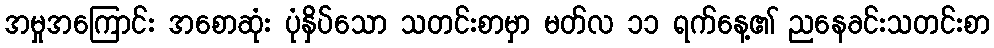
အမှုအကြောင်း အစောဆုံး ပုံနှိပ်သော သတင်းစာမှာ မတ်လ ၁၁ ရက်နေ့၏ ညနေခင်းသတင်းစာ